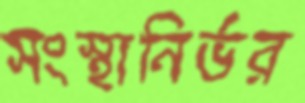
সংস্থানির্ভর